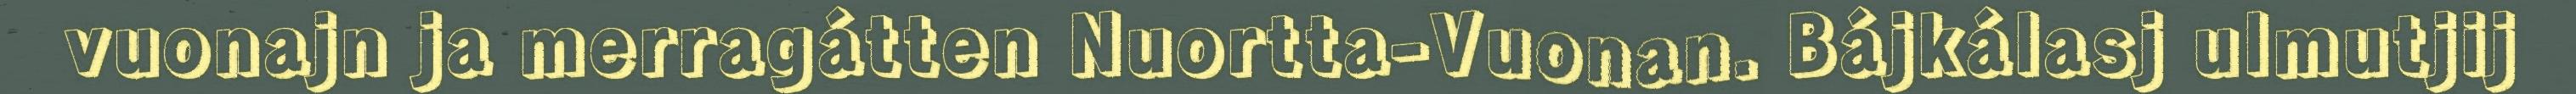
vuonajn ja merragátten Nuortta-Vuonan. Bájkálasj ulmutjij